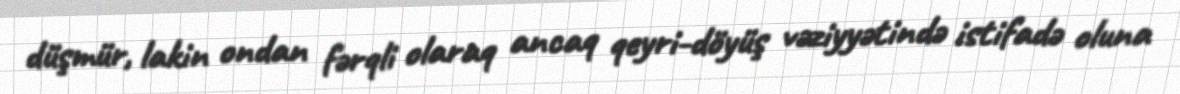
düşmür, lakin ondan fərqli olaraq ancaq qeyri-döyüş vəziyyətində istifadə oluna